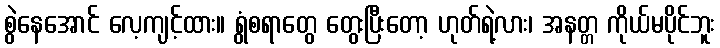
စွဲနေအောင် လေ့ကျင့်ထား။ ရွံစရာတွေ တွေးပြီးတော့ ဟုတ်ရဲ့လား၊ အနတ္တ ကိုယ်မပိုင်ဘူး